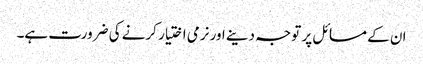
ان کے مسائل پر توجہ دینے اور نرمی اختیار کرنے کی ضرورت ہے۔